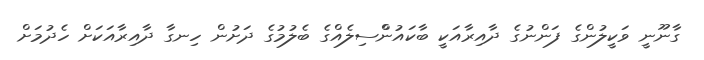
ގާނޫނީ ވަކީލުންގެ ފަންނުގެ ދާއިރާއަކީ ބާކައުންްސިލެއްގެ ބެލުމުގެ ދަށުން ހިނގާ ދާއިރާއަކަށް ހެދުމަށް